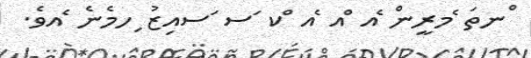
ްނތަ ެމރީން ެއ ްއ ެއ ްކ ަސ ަސއިޒު ިހމެނެ ެއވެ.